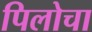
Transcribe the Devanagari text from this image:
पिलोचा